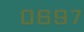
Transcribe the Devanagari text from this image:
०६९७